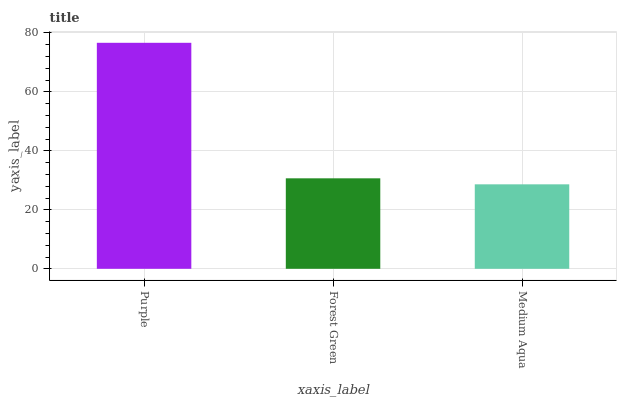
| xaxis_label | bars |
 | --- | --- |
 | Purple | 76.7 |
 | Forest Green | 30.7 |
 | Medium Aqua | 28.7 |